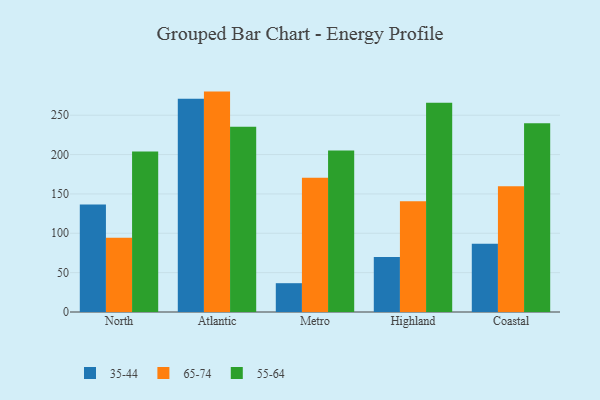
{"axis": {"x": "Region", "y": "Shipments"}, "legend": ["35-44", "55-64", "65-74"], "data": [{"x": "North", "y": 136.7, "type": "35-44"}, {"x": "North", "y": 94.2, "type": "65-74"}, {"x": "North", "y": 203.8, "type": "55-64"}, {"x": "Atlantic", "y": 270.9, "type": "35-44"}, {"x": "Atlantic", "y": 280.0, "type": "65-74"}, {"x": "Atlantic", "y": 235.5, "type": "55-64"}, {"x": "Metro", "y": 36.6, "type": "35-44"}, {"x": "Metro", "y": 170.4, "type": "65-74"}, {"x": "Metro", "y": 205.2, "type": "55-64"}, {"x": "Highland", "y": 70.0, "type": "35-44"}, {"x": "Highland", "y": 140.7, "type": "65-74"}, {"x": "Highland", "y": 265.7, "type": "55-64"}, {"x": "Coastal", "y": 86.6, "type": "35-44"}, {"x": "Coastal", "y": 159.8, "type": "65-74"}, {"x": "Coastal", "y": 239.8, "type": "55-64"}]}